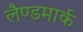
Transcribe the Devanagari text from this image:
लैण्‍डमार्क